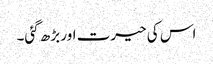
اس کی حیرت اور بڑھ گئی۔